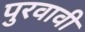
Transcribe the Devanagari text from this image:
पुरवावी